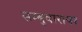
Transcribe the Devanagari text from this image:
सम्बुवारायर